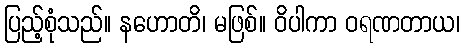
ပြည့်စုံသည်။ နဟောတိ၊ မဖြစ်။ ဝိပါကာ ဝရဏတာယ၊